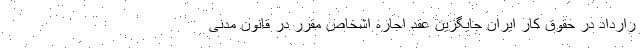
رارداد در حقوق کار ایران جایگزین عقد اجاره اشخاص مقرر در قانون مدنی